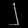
Digit: ၂